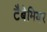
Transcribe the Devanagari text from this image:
टैबेमियर